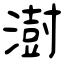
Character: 澍